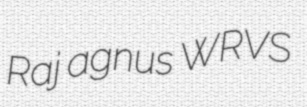
Raj agnus WRVS